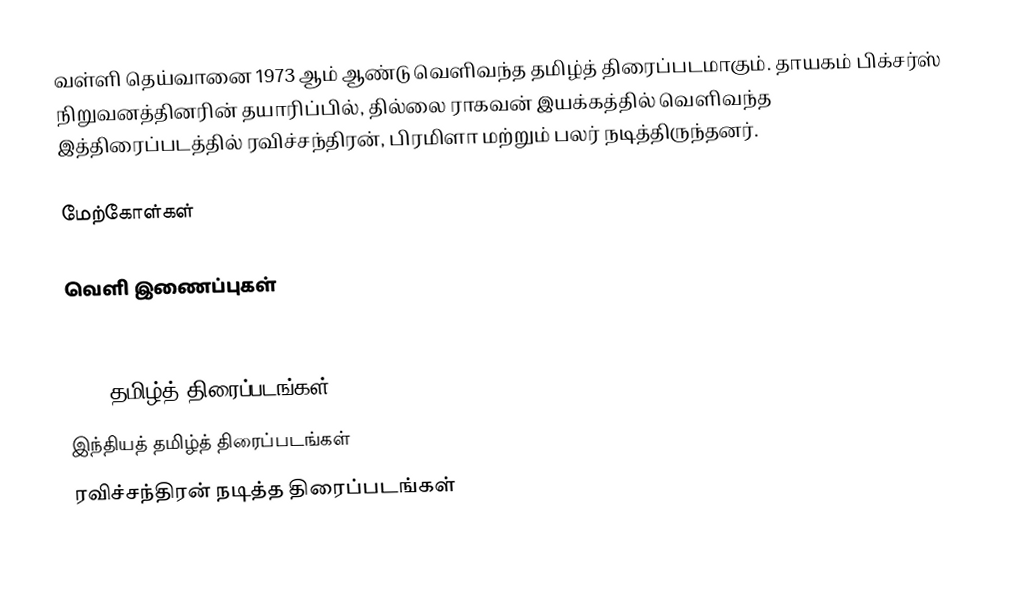
வள்ளி தெய்வானை 1973 ஆம் ஆண்டு வெளிவந்த தமிழ்த் திரைப்படமாகும். தாயகம் பிக்சர்ஸ் நிறுவனத்தினரின் தயாரிப்பில், தில்லை ராகவன் இயக்கத்தில் வெளிவந்த இத்திரைப்படத்தில் ரவிச்சந்திரன், பிரமிளா மற்றும் பலர் நடித்திருந்தனர்.

மேற்கோள்கள்

வெளி இணைப்புகள்
 Valli Deivanai - 1973 Year Tamil Films

1973 தமிழ்த் திரைப்படங்கள்
இந்தியத் தமிழ்த் திரைப்படங்கள்
ரவிச்சந்திரன் நடித்த திரைப்படங்கள்